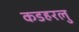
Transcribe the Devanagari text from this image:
कडहरलु